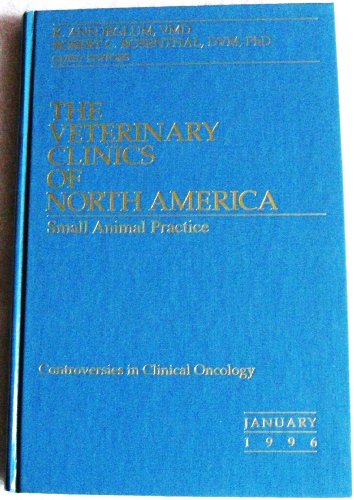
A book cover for Controversies in Clinical Oncology (The Veterinary Clinics of North America Small Animal Practice, Volume 26, Number 1 Juanuary 1996); Medical Books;